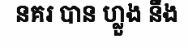
នគរ បាន ហ្លួង នឹង